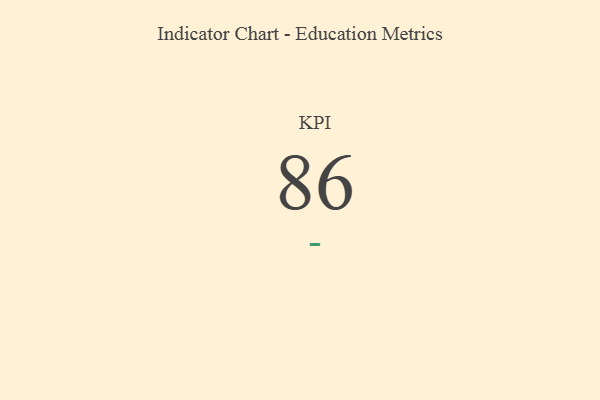
{"axis": {"x": "KPI", "y": "Value"}, "legend": [""], "data": [{"x": "KPI", "y": 86, "type": ""}]}